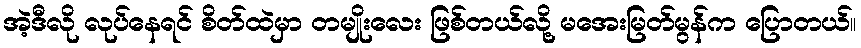
အဲ့ဒီလို လုပ်နေရင် စိတ်ထဲမှာ တမျိုးလေး ဖြစ်တယ်လို့ မအေးမြတ်မွန်က ပြောတယ်။